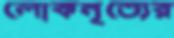
লোকনৃত্যের